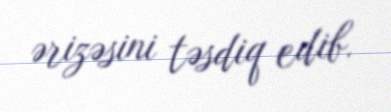
ərizəsini təsdiq edib.